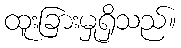
ထူးခြားမှုရှိသည်။